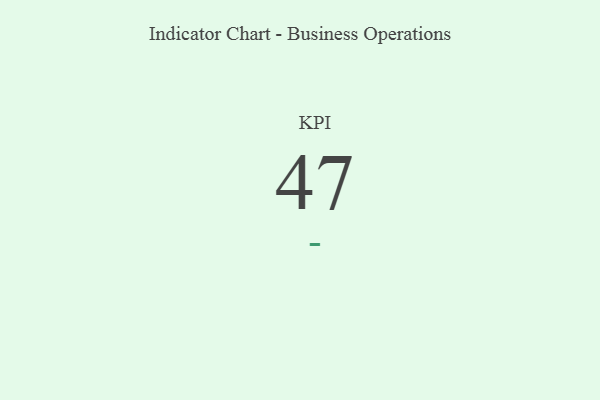
{"axis": {"x": "KPI", "y": "Value"}, "legend": [""], "data": [{"x": "KPI", "y": 47, "type": ""}]}